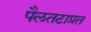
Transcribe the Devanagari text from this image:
पैलतटाप्रत